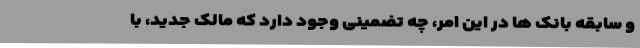
و سابقه بانک ها در این امر، چه تضمینی وجود دارد که مالک جدید، با